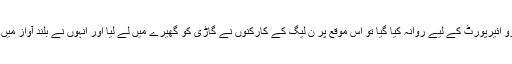
واضح رہے کہ بیگم کلثوم نواز کے جنازہ کے بعد ان کی میت کو جب گاڑی میں ہیتھرو ائیرپورٹ کے لیے روانہ کیا گیا تو اس موقع پر ن لیگ کے کارکنوں نے گاڑی کو گھیرے میں لے لیا اور انہوں نے بلند آواز میں مادرجمہوریتالوداع الوداع کے نعرے لگا کر بیگم کلثوم نواز کو خراج عقیدت پیش کیا۔